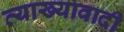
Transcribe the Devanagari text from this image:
व्याख्यावादी